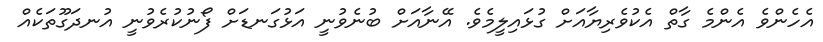
އެހެންވެ އެންމެ ގާތް އެކުވެރިޔާއަށް ގުޅައިލީމެވެ. އޭނާއަށް ބުނެވުނީ އަޅުގަނޑަށް ފޯނުކުރެވުނީ އުނދަގޫތަކެއް